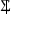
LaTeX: \; | \! \! \! \Sigma